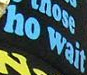
Ho Wait